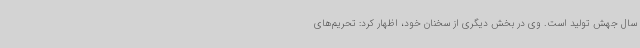
سال جهش تولید است. وی در بخش دیگری از سخنان خود، اظهار کرد: تحریم‌های